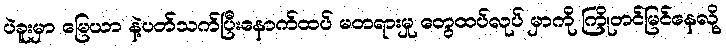
ပဲခူးမှာ မြေယာ နဲ့ပတ်သက်ပြီးနောက်ထပ် မတရားမှု တွေထပ်လုပ် မှာကို ကြိုတင်မြင်နေလို့